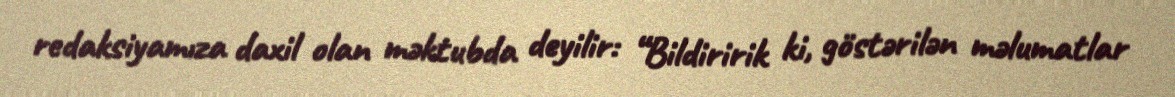
redaksiyamıza daxil olan məktubda deyilir: “Bildiririk ki, göstərilən məlumatlar